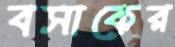
বসাকের